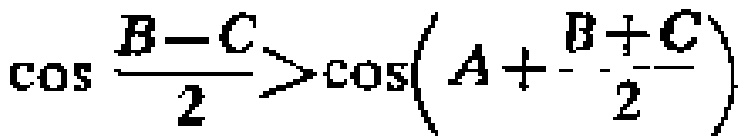
\(\cos \frac{B - C}{2} > \cos\left(A+\frac{B + C}{2}\right)\)